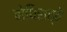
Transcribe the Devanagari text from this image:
बोधिसत्वें